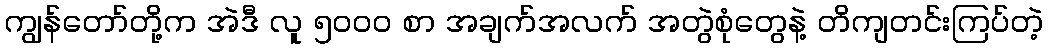
ကျွန်တော်တို့က အဲဒီ လူ ၅၀၀၀ စာ အချက်အလက် အတွဲစုံတွေနဲ့ တိကျတင်းကြပ်တဲ့